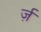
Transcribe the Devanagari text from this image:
र्ज़